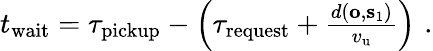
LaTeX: \begin{array}{r}{t_{\mathrm{wait}}=\tau_{\mathrm{pickup}}-\left(\tau_{\mathrm{request}}+\frac{d(\mathbf{o},\mathbf{s}_{1})}{v_{\mathrm{u}}}\right)\, \, .}\end{array}